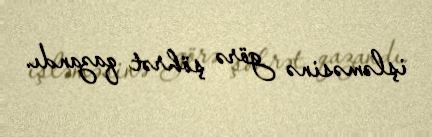
işləməsinə görə şöhrət qazandı.